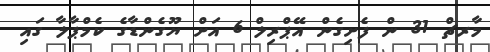
މާރޗް 31 ން ފެށިގެން އޭޕްރިލް 6 އަށް ޔޫގެންޑާގެ ކެމްޕާލާ ގައި